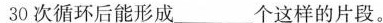
30次循环后能形成____个这样的片段。